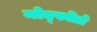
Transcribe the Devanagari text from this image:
नोर्द्फोतो